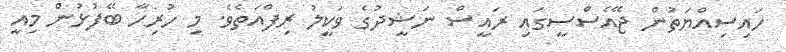
ހައިސިއްޔަތުން ޖޭއެސްސީގައި ރައީސް ނަޝީދުގެ ވަކީލު ރިފްއަތެވެ. މި ހުރިހާ ބޭފުޅުން މިއީ